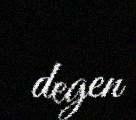
degen